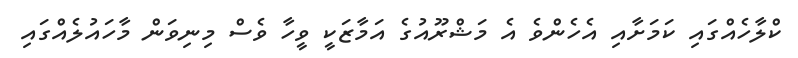
ކްލާހެއްގައި ކަމަށާއި އެހެންވެ އެ މަޝްރޫއުގެ އަމާޒަކީ ވީހާ ވެސް މިނިވަން މާހައުލެއްގައި